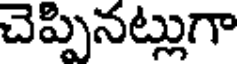
చెప్పినట్లుగా